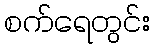
စက်ရေတွင်း